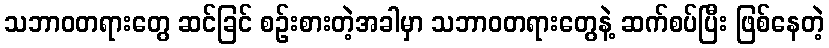
သဘာဝတရားတွေ ဆင်ခြင် စဉ်းစားတဲ့အခါမှာ သဘာဝတရားတွေနဲ့ ဆက်စပ်ပြီး ဖြစ်နေတဲ့